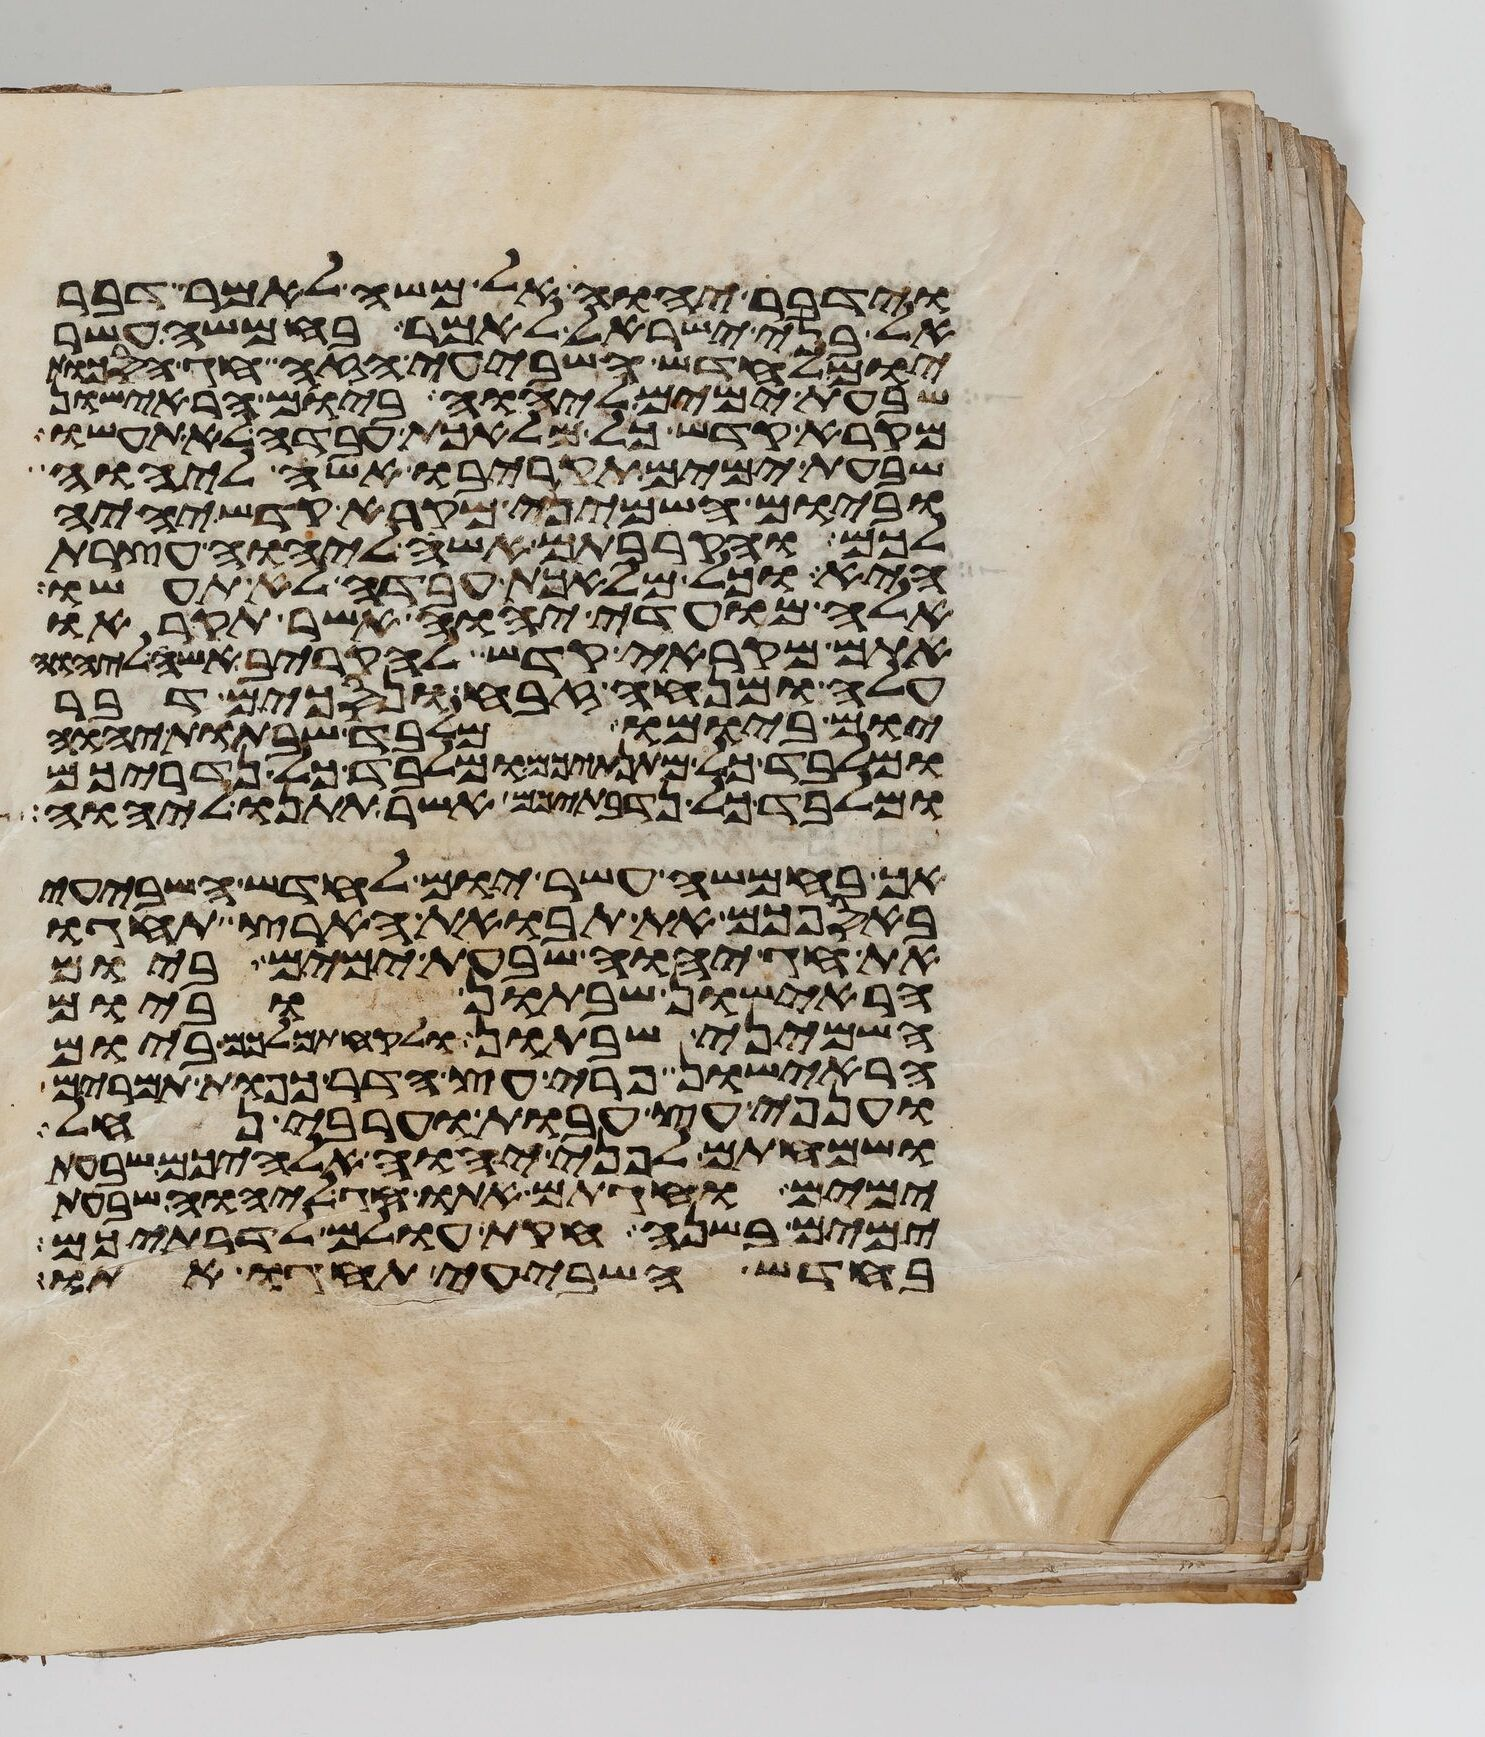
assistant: וידבר יהוה אל משה לאמר דבר
אל בני ישראל לאמר בחמשה עשר
יום לחדש השביעי הזה חג הסכות
שבעת ימים ליהוה ביום הראישון
מקרא קדש כל מלאכת עבדה לא תעשו
שבעת ימים תקריבו אשה ליהוה
וביום השמיני מקרא קדש יהיה
לכם והקרבתם אשה ליהוה עצרת
היא וכל מלאכת עבדה לא תעשו
אלה מועדי יהוה אשר תקראו
אתם מקראי קדש להקריב אשה ליהוה
עלה ומנחה זבח ונסכים דבר
יום ביומו מלבד שבתות יהוה
ומלבד כל מתנתיכם ומלבד כל נדריכם
ומלבד כל נדבתיכם אשר תתנו ליהוה
אך בחמשה עשר יום לחדש השביעי
באספכם את תבואת הארץ תחגו
את חג יהוה שבעת ימים ביום
הראישון שבתון וביום
השמיני שבתון ולקחתם לכם ביום
הראישון פרי עץ הדר כפות תמרים
וענפי עץ עבות וערבי נחל
ושמחתם לפני יהוה אלהיכם שבעת
ימים וחגתם אתו חג ליהוה שבעת
ימים בשנה חקות עולם לדרתיכם
בחדש השביעי תחגו אתו